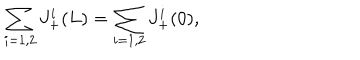
\sum _ { i = 1 , 2 } J _ { + } ^ { i } ( L ) = \sum _ { i = 1 , 2 } J _ { + } ^ { i } ( 0 ) ,